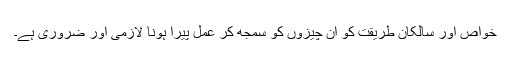
خواص اور سالکانِ طریقت کو ان چیزوں کو سمجھ کر عمل پیرا ہونا لازمی اور ضروری ہے۔